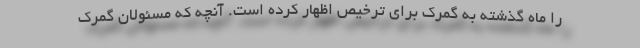
را ماه گذشته به گمرک برای ترخیص اظهار کرده است. آنچه که مسئولان گمرک